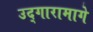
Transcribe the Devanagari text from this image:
उद्गारामागे